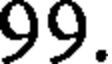
99.